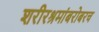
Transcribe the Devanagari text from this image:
शरीरश्रमांबरोबरच